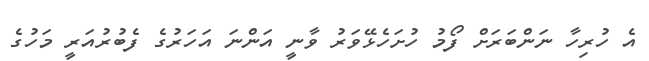
އެ ހުރިހާ ނަންބަރަށް ފޯމު ހުށަހެޅޭވަރު ވާނީ އަންނަ އަހަރުގެ ފެބުރުއަރީ މަހުގެ